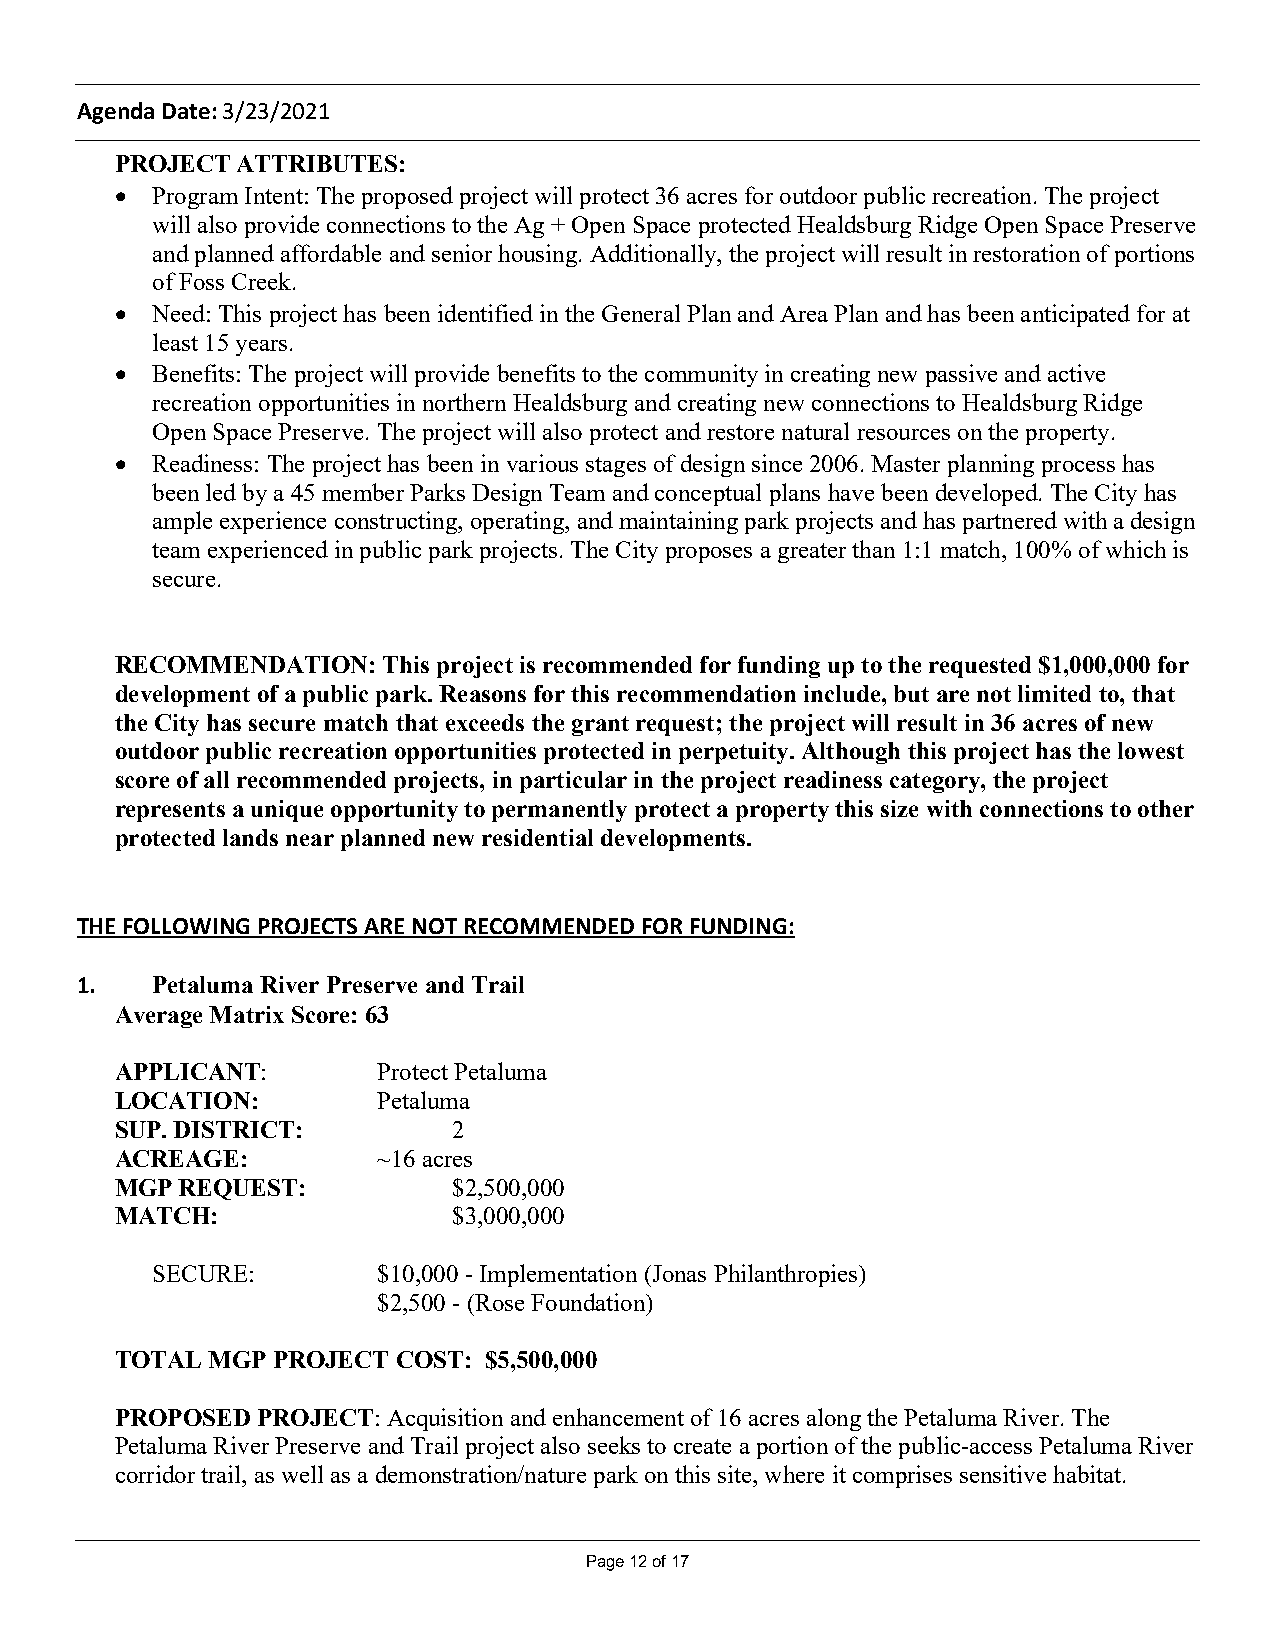
Agenda Date: 3/23/2021
 PROJECT ATTRIBUTES:
 · Program Intent: The proposed project will protect 36 acres for outdoor public recreation. The project
 will also provide connections to the Ag + Open Space protected Healdsburg Ridge Open Space Preserve
 and planned affordable and senior housing. Additionally, the project will result in restoration of portions
 of Foss Creek.
 · Need: This project has been identified in the General Plan and Area Plan and has been anticipated for at
 least 15 years.
 · Benefits: The project will provide benefits to the community in creating new passive and active
 recreation opportunities in northern Healdsburg and creating new connections to Healdsburg Ridge
 Open Space Preserve. The project will also protect and restore natural resources on the property.
 · Readiness: The project has been in various stages of design since 2006. Master planning process has
 been led by a 45 member Parks Design Team and conceptual plans have been developed. The City has
 ample experience constructing, operating, and maintaining park projects and has partnered with a design
 team experienced in public park projects. The City proposes a greater than 1:1 match, 100% of which is
 secure.
 RECOMMENDATION:  This project is recommended for funding up to the requested $1,000,000 for
 development of a public park. Reasons for this recommendation include, but are not limited to, that
 the City has secure match that exceeds the grant request; the project will result in 36 acres of new
 outdoor public recreation opportunities protected in perpetuity. Although this project has the lowest
 score of all recommended projects, in particular in the project readiness category, the project
 represents a unique opportunity to permanently protect a property this size with connections to other
 protected lands near planned new residential developments.
 THE FOLLOWING PROJECTS ARE NOT RECOMMENDED FOR FUNDING:
 1.   Petaluma River Preserve and Trail
 Average Matrix Score: 63
 APPLICANT:       Protect Petaluma
 LOCATION:        Petaluma
 SUP. DISTRICT:        2
 ACREAGE:         ~16 acres
 MGP REQUEST:          $2,500,000
 MATCH:                $3,000,000
 SECURE:        $10,000 - Implementation (Jonas Philanthropies)
 $2,500 - (Rose Foundation)
 TOTAL MGP PROJECT COST: $5,500,000
 PROPOSED PROJECT: Acquisition and enhancement of 16 acres along the Petaluma River. The
 Petaluma River Preserve and Trail project also seeks to create a portion of the public-access Petaluma River
 corridor trail, as well as a demonstration/nature park on this site, where it comprises sensitive habitat.
 Page 12 of 17